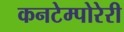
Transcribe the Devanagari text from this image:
कनटेम्पोरेरी